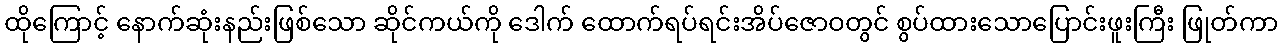
ထိုကြောင့် နောက်ဆုံးနည်းဖြစ်သော ဆိုင်ကယ်ကို ဒေါက် ထောက်ရပ်ရင်းအိပ်ဇောဝတွင် စွပ်ထားသောပြောင်းဖူးကြီး ဖြုတ်ကာ